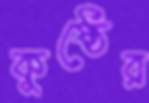
কুষ্ঠের